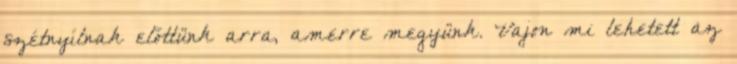
szétnyílnak előttünk arra, amerre megyünk. Vajon mi lehetett az